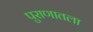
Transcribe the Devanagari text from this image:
पुराणातला